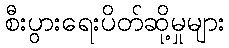
စီးပွားရေးပိတ်ဆို့မှုများ